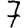
Digit: 7